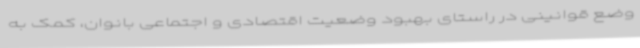
وضع قوانینی در راستای بهبود وضعیت اقتصادی و اجتماعی بانوان، کمک به